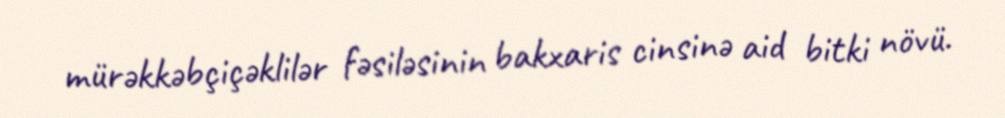
mürəkkəbçiçəklilər fəsiləsinin bakxaris cinsinə aid bitki növü.